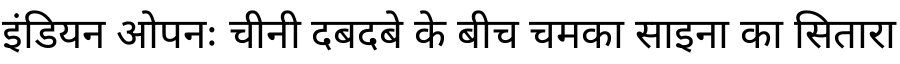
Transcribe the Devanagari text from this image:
इंडियन ओपनः चीनी दबदबे के बीच चमका साइना का सितारा